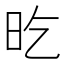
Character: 㫓